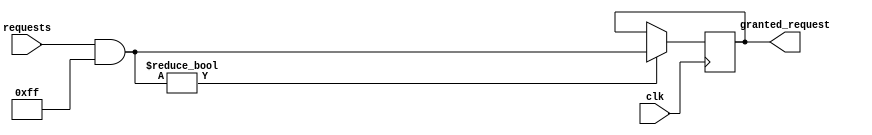
module binary_tree_arbiter (
    input wire [7:0] requests,
    input wire clk,
    output reg [7:0] granted_request
);

reg [7:0] priority_levels = 8'b11111111;

always @ (posedge clk) begin
    if (requests & priority_levels) begin
        granted_request <= requests & priority_levels;
    end
end

endmodule